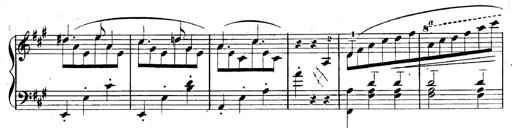
Title: 3 Caprices-Valses
Composer: Franz Liszt